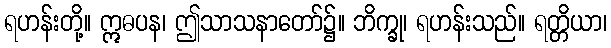
ရဟန်းတို့။ ဣဓပန၊ ဤသာသနာတော်၌။ ဘိက္ခု၊ ရဟန်းသည်။ ရတ္တိယာ၊